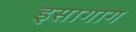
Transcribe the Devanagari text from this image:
इसागाग